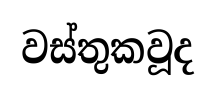
වස්තුකවූද